Leningradi_Edasi_toimetus, lk 15
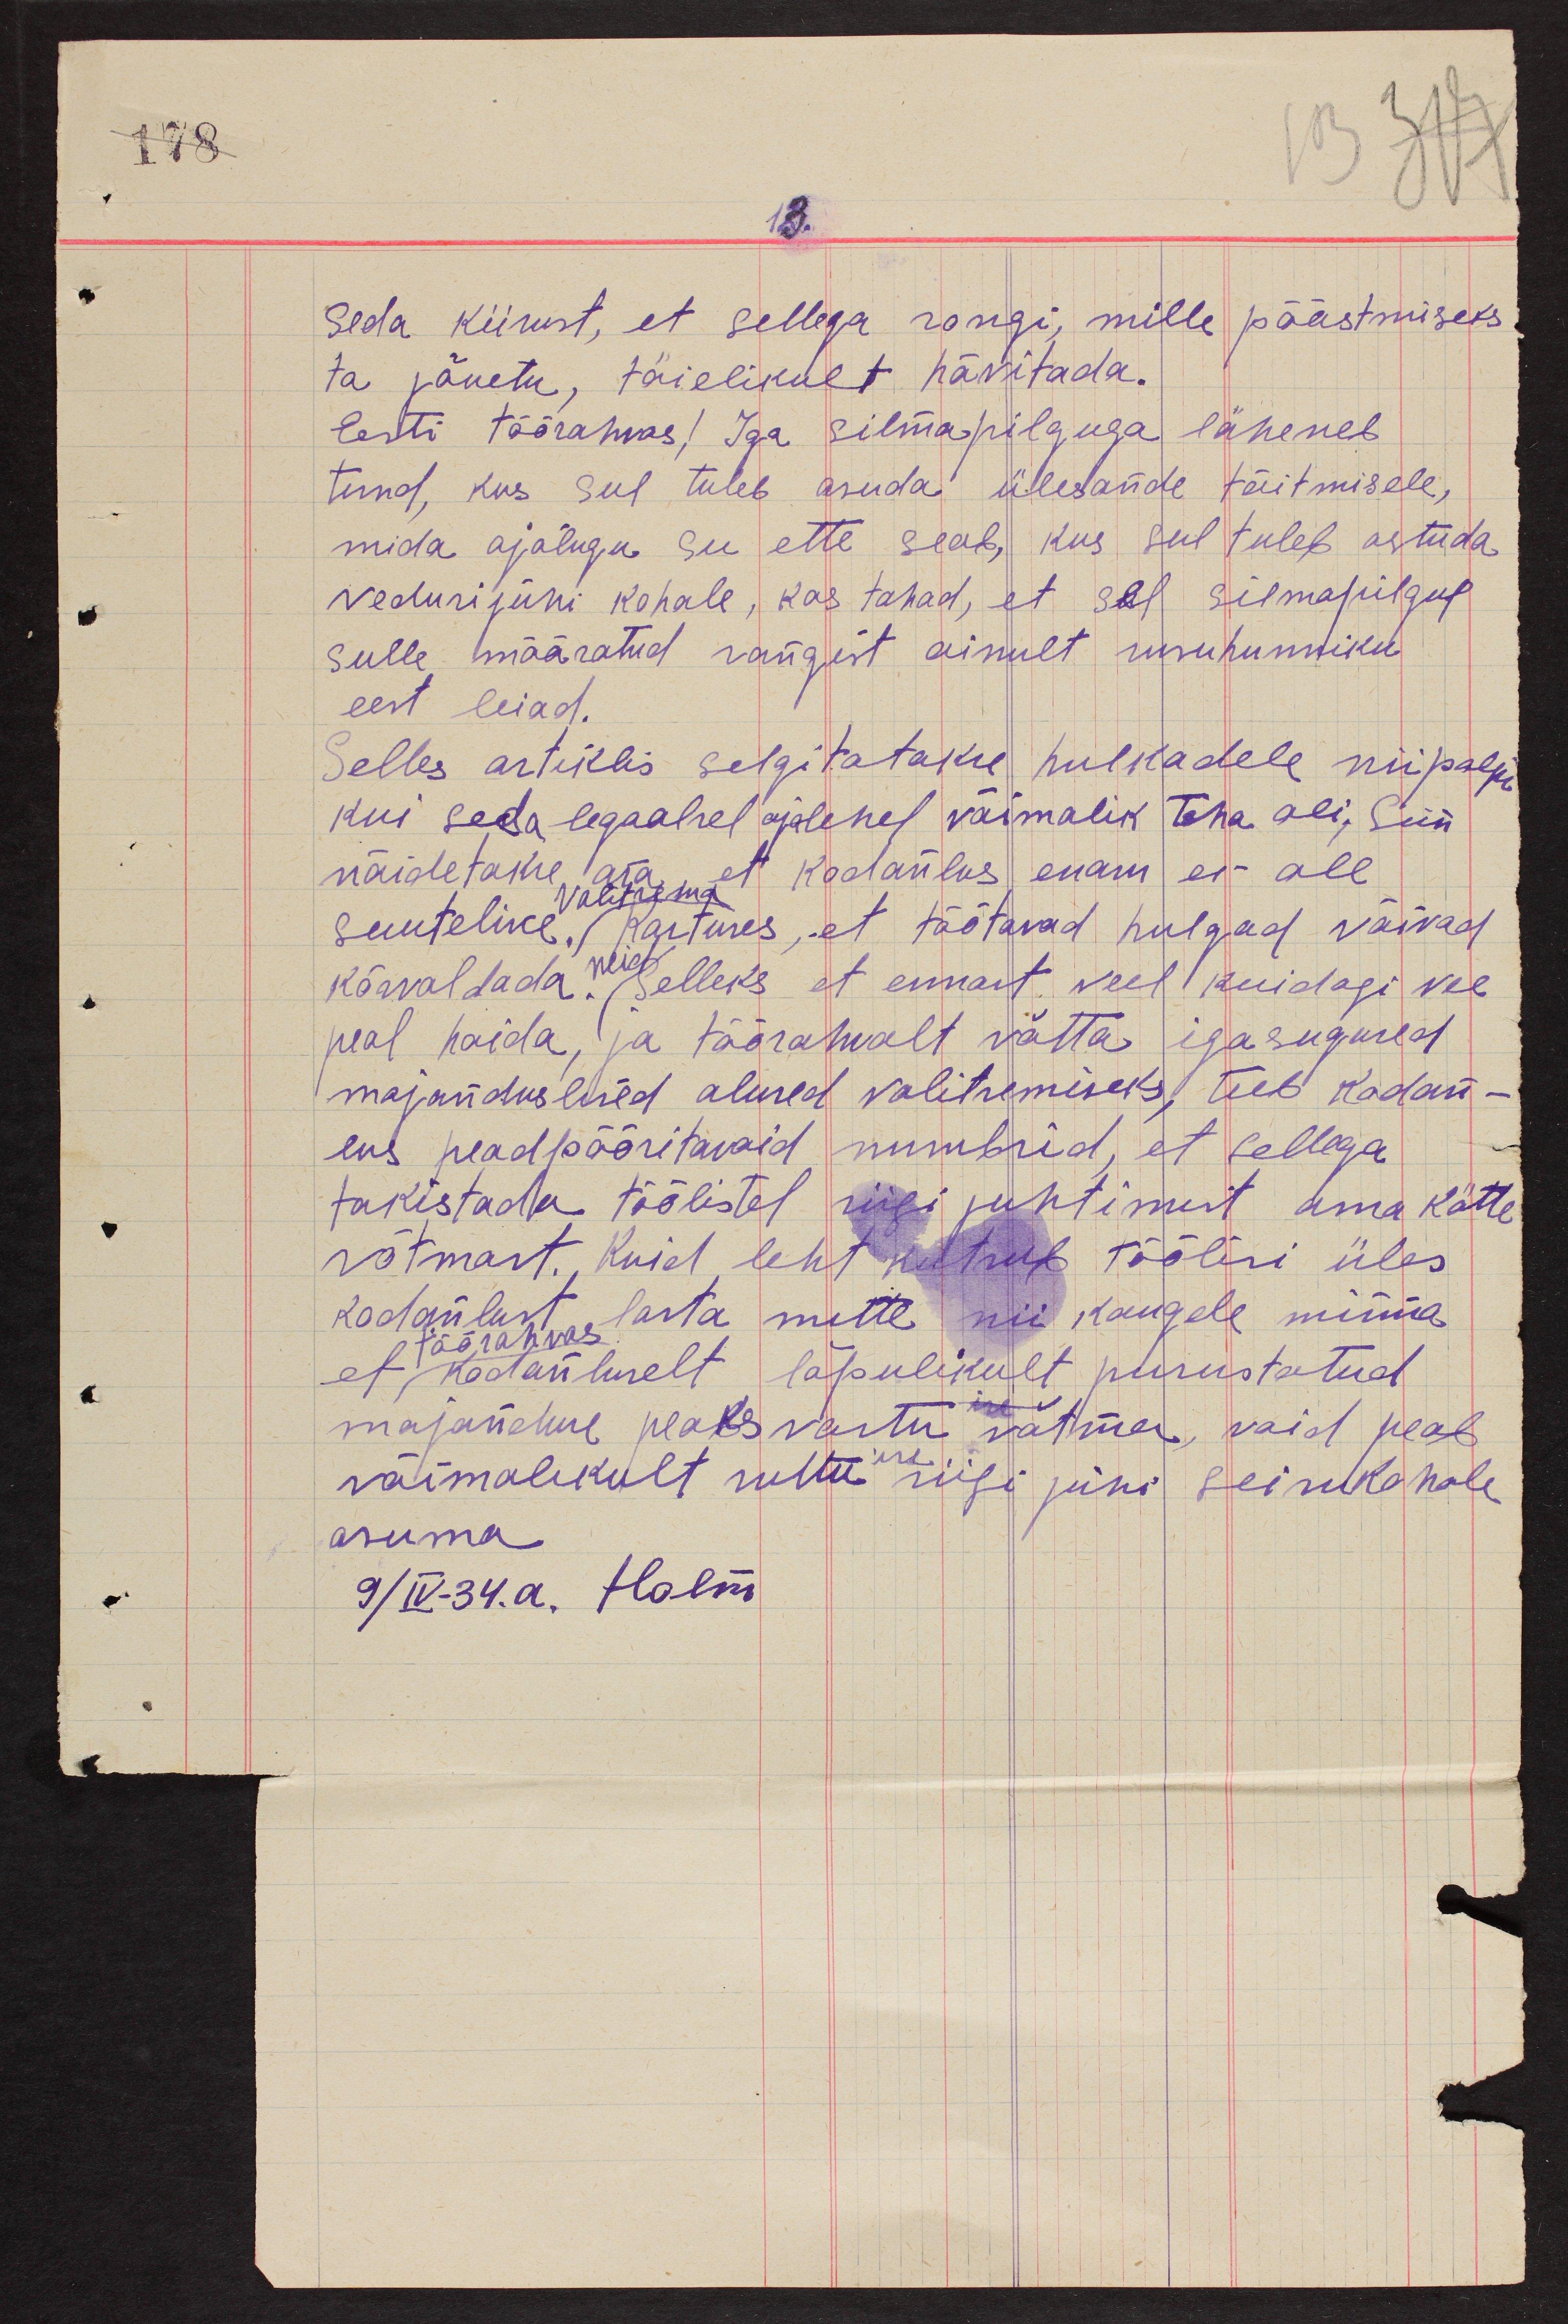
13.
seda kiirust, et sellega rongi, mille päästmiseks
ta jõuetu, täielikult hävitada.
Eesti töörahvas! Iga silmapilguga läheneb
tund, kus sul tuleb asuda ülesande täitmisele,
mida ajalugu su ette seab, kus sul tuleb astuda
vedurijuhi kohale, kas tahad, et sel silmapilgul
sulle määratud rongist ainult rusuhunniku
eest leiad.
Selles artiklis selgitatakse hulkadele niipalju
kui seda legaalsel ajalehel võimalik teha oli. Siin
näidetakse ära, et kodanlus enam ei ole
valitsema
suuteline. Kartuses, et töötavad hulgad võivad
kõrvaldada. Selleks et ennast veel kuidagi vee
neid
peal hoida, ja töörahvalt võtta igasugused
majanduslised alused valitsemiseks, teeb kodan-
lus peadpööritavaid numbrid, et sellega
takistada töölistel riigi juhtimist oma kätte
võtmast. Kuid leht kutsub töölisi üles
kodanlust lasta mitte nii kaugele minna
töörahvas
et kodanluselt lõpulikult purustatud
majanduse peaks vastu võtma, vaid peab
võimalikult ruttu riigi juhi seisukohale
ise
asuma
9/IV-34.a. Holm

178